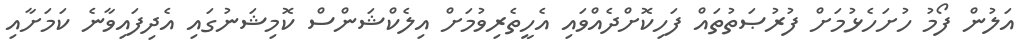
އަލުން ފޯމު ހުށަހެޅުމަށް ފުރުޞަތުތައް ފަހިކޮށްދެއްވައި އެހީތެރިވުމަށް އިލެކްޝަންސް ކޮމިޝަނުގައި އެދިފައިވާނެ ކަމަށާއި